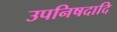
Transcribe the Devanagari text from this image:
उपनिषदादि